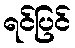
ရင်ပြင်